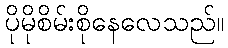
ပိုမိုစိမ်းစိုနေလေသည်။